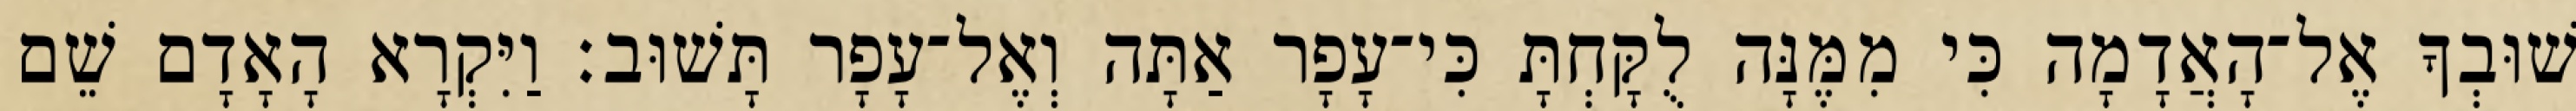
שׁוּבְךָ אֶל־הָאֲדָמָה כִּי מִמֶּנָּה לֻקָּחְתָּ כִּי־עָפָר אַתָּה וְאֶל־עָפָר תָּשׁוּב׃ וַיִּקְרָא הָאָדָם שֵׁם